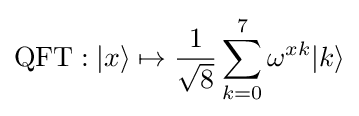
{\text{QFT}}:|x\rangle \mapsto {\frac {1}{\sqrt {8}}}\sum _{k=0}^{7}\omega ^{xk}|k\rangle